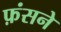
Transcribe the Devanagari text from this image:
फ़ंसने